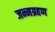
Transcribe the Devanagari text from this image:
जन्मग्रहण